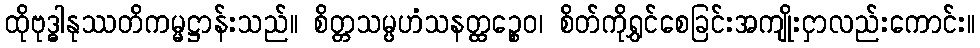
ထိုဗုဒ္ဓါနုဿတိကမ္မဋ္ဌာန်းသည်။ စိတ္တသမ္ပဟံသနတ္ထဉ္စေဝ၊ စိတ်ကိုရွှင်စေခြင်းအကျိုးငှာလည်းကောင်း။